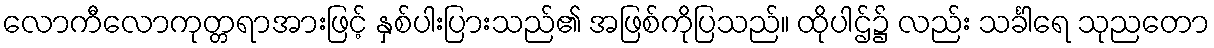
လောကီလောကုတ္တရာအားဖြင့် နှစ်ပါးပြားသည်၏ အဖြစ်ကိုပြသည်။ ထိုပါဌ်၌ လည်း သင်္ခါရေ သုညတော